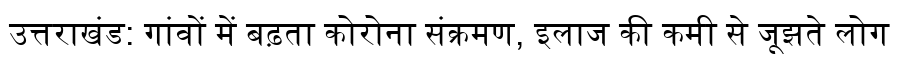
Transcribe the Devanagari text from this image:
उत्तराखंड: गांवों में बढ़ता कोरोना संक्रमण, इलाज की कमी से जूझते लोग